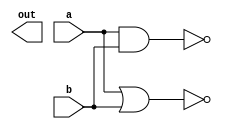
module gates(
    input wire a,
    input wire b,
    output wire[5:0]out
);
assign out[5] = a&b;
assign out[4] = a|b;
assign out[3] = ~(a&b);
assign out[2] = ~(a|b);

endmodule //